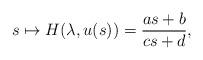
LaTeX: \begin{align*}s\mapsto H(\lambda,u(s))=\frac{a s + b}{c s + d},\end{align*}